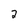
Character: 2